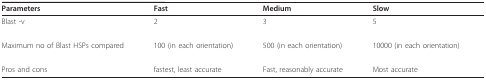
<table><thead><tr><td><b>Parameters</b></td><td><b>Fast</b></td><td><b>Medium</b></td><td><b>Slow</b></td></tr></thead><tbody><tr><td>Blast -v</td><td>2</td><td>3</td><td>5</td></tr><tr><td>Maximum no of Blast HSPs compared</td><td>100 (in each orientation)</td><td>500 (in each orientation)</td><td>10000 (in each orientation)</td></tr><tr><td>Pros and cons</td><td>fastest, least accurate</td><td>Fast, reasonably accurate</td><td>Most accurate</td></tr></tbody></table>